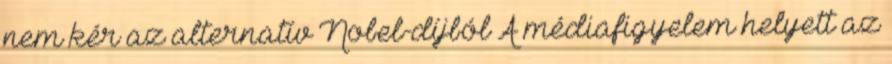
nem kér az alternatív Nobel-díjból A médiafigyelem helyett az